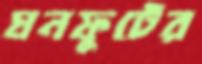
ঘনফুটের